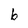
Character: b